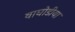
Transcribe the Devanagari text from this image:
वाघोडीया